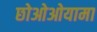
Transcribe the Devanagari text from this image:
छोओओयामा